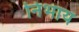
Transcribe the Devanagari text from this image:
निभाय